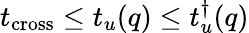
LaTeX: t_{\mathrm{cross}}\leq t_{u}(q)\leq t_{u}^{\dagger}(q)